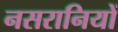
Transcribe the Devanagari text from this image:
नसरानियों